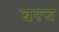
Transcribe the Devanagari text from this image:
बरच